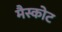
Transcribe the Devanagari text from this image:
मैस्कोट